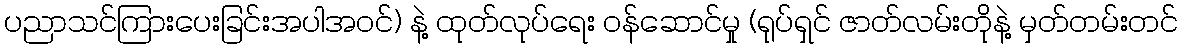
ပညာသင်ကြားပေးခြင်းအပါအဝင်) နဲ့ ထုတ်လုပ်ရေး ဝန်ဆောင်မှု (ရုပ်ရှင် ဇာတ်လမ်းတိုနဲ့ မှတ်တမ်းတင်